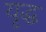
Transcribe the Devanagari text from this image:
यृद्ध